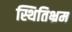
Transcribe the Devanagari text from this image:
स्थितिभ्रम